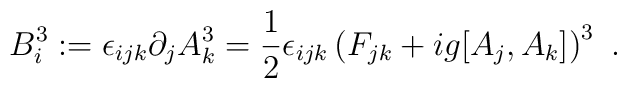
B_{i}^{3} := \epsilon_{ijk} \partial_{j} A_{k}^{3} = \frac{1}{2}\epsilon_{ijk} \left( F_{jk} + ig [A_{j},A_{k}] \right)^{3} \ .